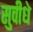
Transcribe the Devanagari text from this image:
सुवीधे